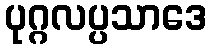
ပုဂ္ဂလပ္ပသာဒေ